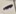
Text: -